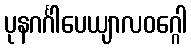
ပုနဂင်္ဂါပေယျာလဝဂ္ဂေါ